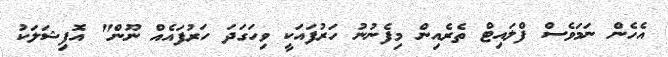
އެހެން ނަމަވެސް ފްލައިޓް ތެރެއިން މިފެނުނު ހަރުފައަކީ ވިހަގަދަ ހަރުފައެއް ނޫން" އޮފިޝަލަކު